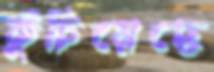
কুঁচিয়েছে